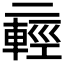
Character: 𫡸